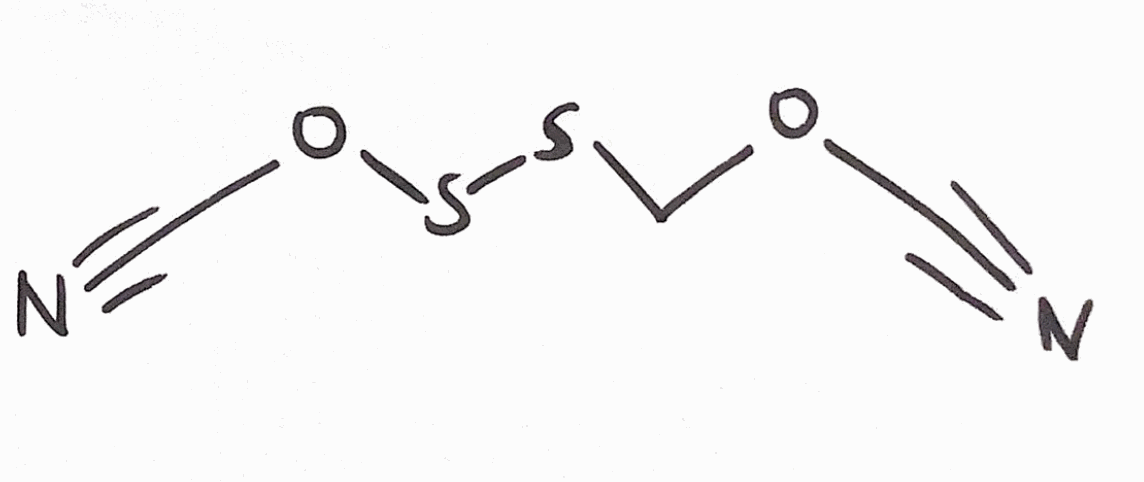
Simplified molecular-input line-entry system (SMILES) notation of the given molecule:
C(OC#N)SSOC#N